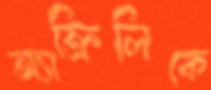
অ্যাক্রিলিকে